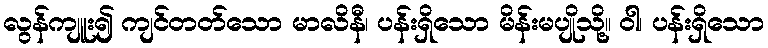
လွန်ကျူး၍ ကျင်တတ်သော မာလိနီ၊ ပန်းရှိသော မိန်းမပျိုသို့။ ဝါ၊ ပန်းရှိသော